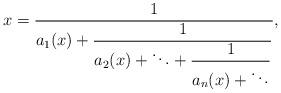
LaTeX: \begin{align*}x = \dfrac{1}{a_1(x) +\dfrac{1}{a_2(x) + \ddots +\dfrac{1}{a_n(x)+ \ddots}}},\end{align*}